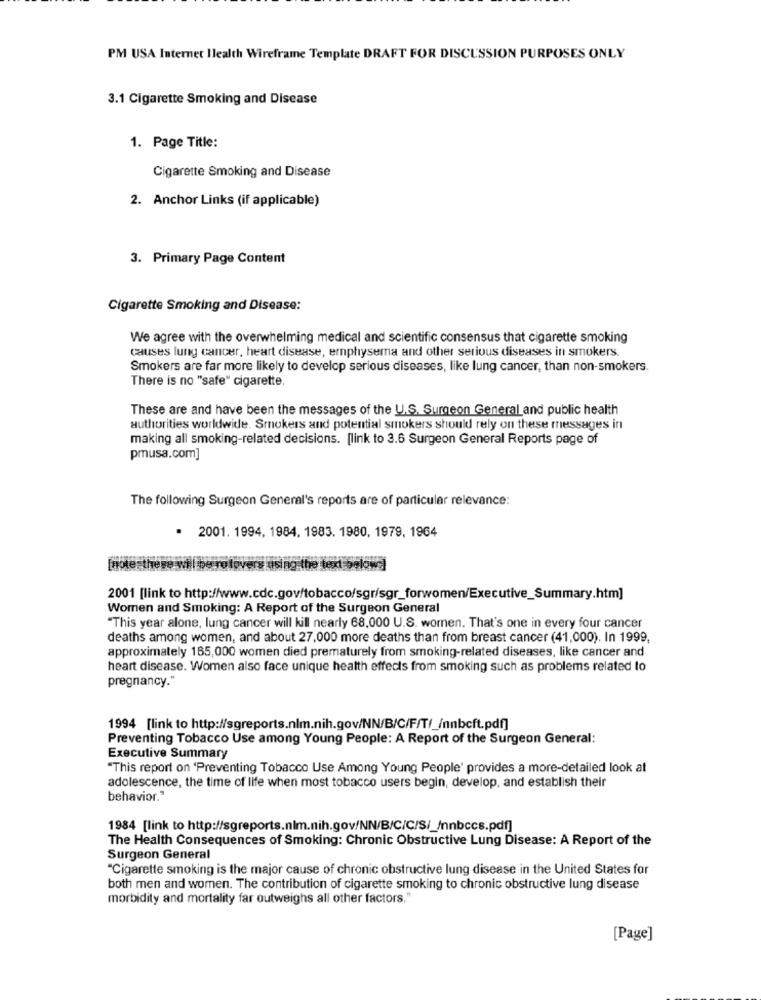
PM USA Internet Ilealth Wireframe Template DRAFT FOR DISCUSSION PURPOSES ONLY
3.1 Cigarette Smoking and Disease
1. Page Title:
Cigarette Smoking and Disease
2. Anchor Links (if applicable)
3. Primary Page Content
Cigarette Smoking and Disease:
We agree with the overwhelming medical and scientific consensus that cigarette smoking
causes lung cancer, heart disease, emphysema and other serious diseases in smokers.
Smokers are far more likely to develop serious diseases, like lung cancer, than non-smokers.
There is no "safe" cigarette.
These are and have been the messages of the U.S. Surgeon General and public health
authorities worldwide. Smokers and potential smokers should rely on these messages in
making all smoking-related decisions. [link to 3.6 Surgeon General Reports page of
pmusa.com]
The following Surgeon General's reports are of particular relevance:
· 2001. 1994, 1984, 1983. 1980, 1979, 1964
2001 [link to http://www.cdc.gov/tobacco/sgrisgr_forwomen/Executive_Summary.htm]
Women and Smoking: A Report of the Surgeon General
"This year alone, lung cancer will kill nearly 68,000 U.S. wornen. That's one in every four cancer
deaths among women, and about 27,000 more deaths than from breast cancer (41,000). In 1999,
approximately 165,000 women died prematurely from smoking-related diseases, like cancer and
heart disease. Women also face unique health effects from smoking such as problems related to
pregnancy."
1994 [link to http://sgreports.nlm.nih.gov/NN/B/C/F/T/_/nnbcft.pdf]
Preventing Tobacco Use among Young People: A Report of the Surgeon General:
Executive Summary
"This report on 'Preventing Tobacco Use Among Young People' provides a more-detailed look at
adolescence, the time of life when most tobacco users begin, develop, and establish their
behavior."
1984 [link to http://sgreports.nlm.nih.gov/NN/B/C/C/S/_Innbccs.pdf]
The Health Consequences of Smoking: Chronic Obstructive Lung Disease: A Report of the
Surgeon General
"Cigarette smoking is the major cause of chronic obstructive lung disease in the United States for
both men and women. The contribution of cigarette smoking to chronic obstructive lung disease
morbidity and mortality far outweighs all other factors."
[Page]